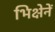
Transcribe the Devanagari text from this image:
भिक्षेनें